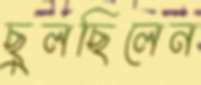
ছুলছিলেন